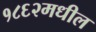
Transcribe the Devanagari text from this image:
१८६२मधील